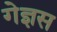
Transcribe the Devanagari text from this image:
गेज्ञस